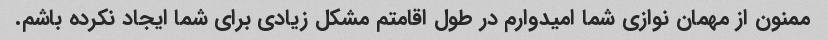
ممنون از مهمان نوازی شما امیدوارم در طول اقامتم مشکل زیادی برای شما ایجاد نکرده باشم.